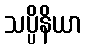
သပ္ပိနိယာ